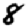
Digit: 8